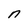
Character: n